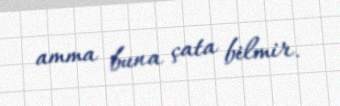
amma buna çata bilmir.